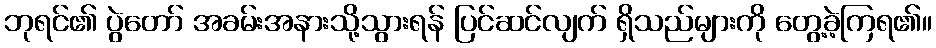
ဘုရင်၏ ပွဲတော် အခမ်းအနားသို့သွားရန် ပြင်ဆင်လျက် ရှိသည်များကို တွေ့ခဲ့ကြရ၏။